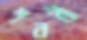
শবরী